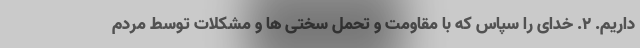
داریم. 2. خدای را سپاس که با مقاومت و تحمل سختی ها و مشکلات توسط مردم